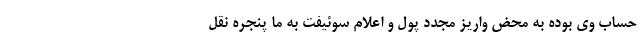
حساب وی بوده به محض واریز مجدد پول و اعلام سوئیفت به ما پنجره نقل